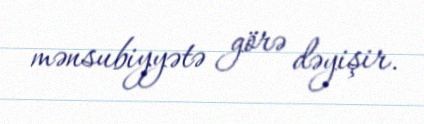
mənsubiyyətə görə dəyişir.